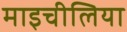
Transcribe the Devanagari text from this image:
माइचीलिया